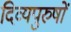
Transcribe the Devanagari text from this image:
दिव्यपुरुषों